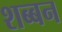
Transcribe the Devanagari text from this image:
शब्बन